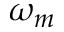
\omega _ { m }